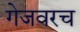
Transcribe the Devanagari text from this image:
गेजवरच